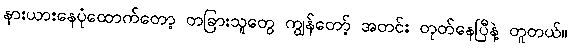
နားယားနေပုံထောက်တော့ တခြားသူတွေ ကျွန်တော့် အတင်း တုတ်နေပြီနဲ့ တူတယ်။